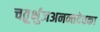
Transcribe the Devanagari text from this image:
चतुर्भुजअनन्तदेवका